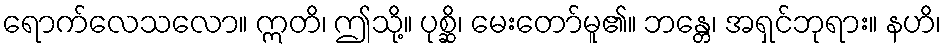
ရောက်လေသလော။ ဣတိ၊ ဤသို့။ ပုစ္ဆိ၊ မေးတော်မူ၏။ ဘန္တေ၊ အရှင်ဘုရား။ နဟိ၊